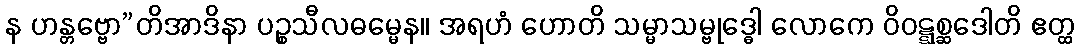
န ဟန္တဗ္ဗော”တိအာဒိနာ ပဉ္စသီလဓမ္မေန။ အရဟံ ဟောတိ သမ္မာသမ္ဗုဒ္ဓေါ လောကေ ဝိဝဋ္ဋစ္ဆဒေါတိ ဧတ္ထ